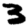
Digit: 3